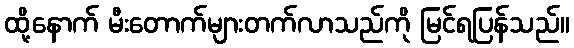
ထို့နောက် မီးတောက်များတက်လာသည်ကို မြင်ရပြန်သည်။